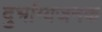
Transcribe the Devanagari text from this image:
दुर्भाग्यजनक